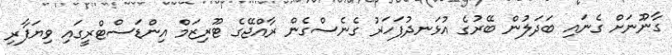
ގާނޫނަށް ގެނައި ބަދަލުން ބޭރުގެ އުޅަނދުފަހަރު ގެނެސްގެން ރާއްޖޭގެ ޓޫރިޒަމް އިންޑަސްޓްރީގައި ވިޔަފާރި